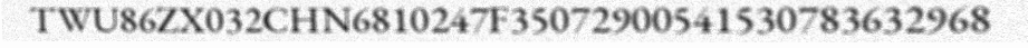
TWU86ZX032CHN6810247F35072900541530783632968